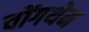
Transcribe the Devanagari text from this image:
चोंगथेम